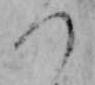
つ